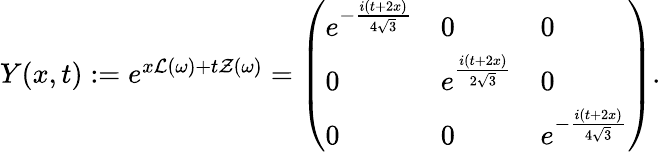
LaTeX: \begin{array}{r}{Y(x,t):=e^{x\mathcal{L}(\omega)+t\mathcal{Z}(\omega)}=\left(\begin{array}{lll}{e^{-\frac{i(t+2x)}{4\sqrt{3}}}}&{0}&{0}\\ {0}&{e^{\frac{i(t+2x)}{2\sqrt{3}}}}&{0}\\ {0}&{0}&{e^{-\frac{i(t+2x)}{4\sqrt{3}}}}\end{array}\right).}\end{array}